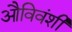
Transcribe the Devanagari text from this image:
औविवंशी